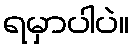
ရမှာပါပဲ။